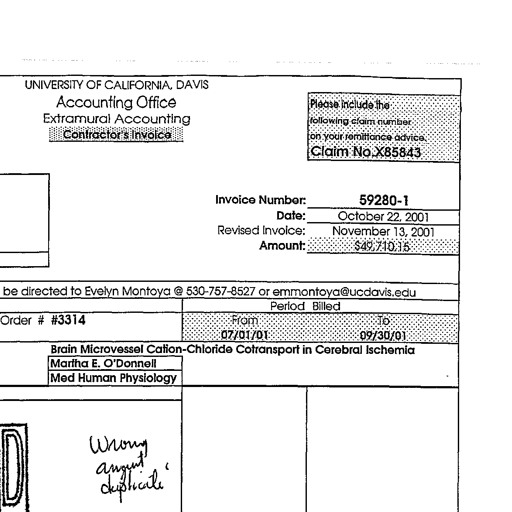
Transcript:
UNIVERSITY OF CALIFORNIA, DAVIS
Accounting Office
Extramural Accounting
Contractor's Invoice
Please include the
following claim number
on your remittance advice.
Claim No. X85843
Invoice Number:
59280-1
Date:
October 22, 2001
Revised Invoice:
November 13, 2001
Amount:
$49,710.15
be directed to Evelyn Montoya @ 530-757-8527 or emmontoya@ucdavis.edu
Period Billed
Order # #3314
From
To
07/01/01
09/30/01
Brain Microvessel Cation-Chloride Cotransport in Cerebral Ischemia
Martha E. O'Donnell
Med Human Physiology
Wrong
amount
duplicate